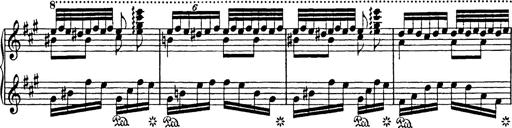
Title: Mephisto Polka
Composer: Franz Liszt